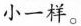
小一样。